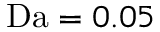
\mathrm { D a } = 0 . 0 5